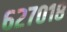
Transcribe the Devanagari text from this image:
६२७०१८